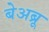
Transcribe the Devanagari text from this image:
बेअब्रू